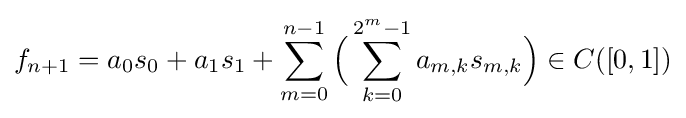
f_{n+1}=a_{0}s_{0}+a_{1}s_{1}+\sum _{m=0}^{n-1}{\Bigl (}\sum _{k=0}^{2^{m}-1}a_{m,k}s_{m,k}{\Bigr )}\in C([0,1])